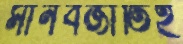
মানবজাতিই